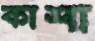
কাশা